Report on plague and inoculation in the Punjab from October 1st ... to September 30th..., being the ... season of plague in the province
Disease focus: Plague
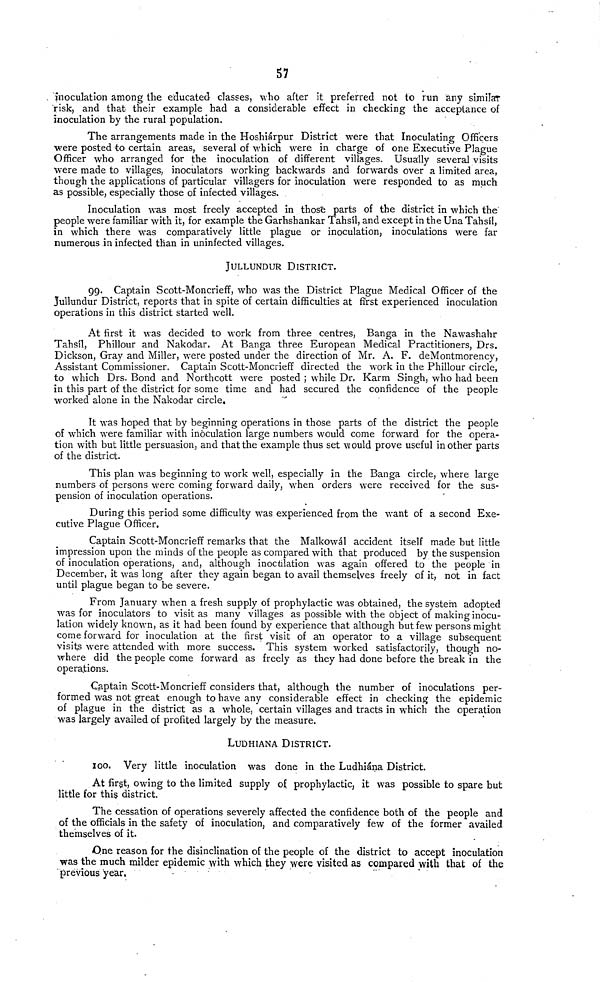
57
. inoculation among the educated classes, who after it preferred not to run any similar
risk, and that- their example had a considerable effect in checking the acceptance of
inoculation by the rural population.
The arrangements made in the Hoshiárpur District were that Inoculating Officers
were posted to certain areas, several of which were in charge of one Executive Plague
Officer who arranged for the inoculation of different villages. Usually several visits
were made to villages, inoculators working backwards and forwards over a limited area,
though the applications of particular villagers for inoculation were responded to as much
as possible, especially those of infected villages.
Inoculation was most freely accepted in those parts of the district in which the
people were familiar with it, for example the Garhshankar Tahsil, and except in the Una Tahsíl,
in which there was comparatively little plague or inoculation, inoculations were far
numerous in infected than in uninfected villages.
JULLUNDUR DISTRICT.
99, Captain Scott-Moncrieff, who was the District Plague Medical Officer of the
Jullundur District, reports that in spite of certain difficulties at first experienced inoculation
operations in this district started well.
At first it was decided to work from three centres, Banga in the Nawashahr
Tahsil, Phillour and Nakodar. At Banga three European Medical Practitioners, Drs.
Dickson, Gray and Miller, were posted under the direction of Mr. A. F. deMontmorency,
Assistant Commissioner. Captain Scott-Moncrieff directed the work in the Phillour circle,
to which Drs. Bond and Northcott were posted ; while Dr. Karm Singh, who had been
in this part of the district for some time and had secured the confidence of the people
worked alone in the Nakodar circle.
It was hoped that by beginning operations in those parts of the district the people
of which were familiar with inoculation large numbers would come forward for the Opera-
tion with but little persuasion, and that the example thus set would prove useful inother parts
of the district.
This plan was beginning to work well, especially in the Banga circle, where large
numbers of persons were Coming forward daily, when Orders were received for the sus-
pension of inoculation operations.
During this period some difficulty was experienced from the want of a second Exe-
cutive Plague Officer,
Captain Scott-Moncrieff remarks that the Malkowál accident itself made but little
impression upon the minds of the people as compared with that produced by the Suspension
of inoculation operations, and, although inoculation was again offered to the people in
December, it was long after they again began to avail themselves freely of it, not in fact
until plague began to be severe.
From January when a fresh supply of prophylactic was obtained, the System adopted
was for inoculators to visit as many villages as possible with the object of making inocu-
lation widely known, as it had been found by experience that although but few persons might
come forward for inoculation at the first visit of an Operator to a village subsequent
visits were attended w r ith more success. This System worked satisfactorily, though no-
where did the people come forward as freely as they had done before the break in the
operations.
Captain Scott-Moncrieff considers that, although the number of inoculations per-
forrned was not great enough to have any considerable effect in checking the epidemic
of plague in the district as a whole, certain villages and tracts in which the Operation
was largely availed of profited largely by the measure.
LUDHIANA DISTRICT.
100. Very little inoculation was done in the Ludhiana District.
At first, owing to the limited supply of prophylactic, it was possible to spare but
little for this district.
The cessation of operations severely affected the confidence both of the people and
of the officials in the safety of inoculation, and comparatively few of the former availed
themselves of it.
One reason for the disinclination of the people of the district to accept inoculation
was the much milder epidemic with which they were visited as compared with that of the
previous year,